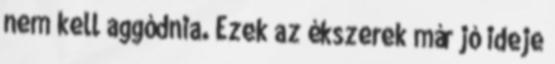
nem kell aggódnia. Ezek az ékszerek már jó ideje